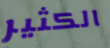
الكثير